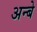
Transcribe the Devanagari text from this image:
अन्बे